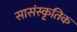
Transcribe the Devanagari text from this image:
सासंस्कृतिक